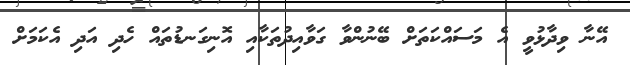
އޭނާ ވިދާޅުވީ އެ މަސައްކަތަށް ބޭނުންވާ ގަވާއިދުތަކާއި އޮނިގަނޑުތައް ހެދި އަދި އެކަމަށް